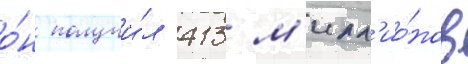
о́н получи́л 413 м'илл'ио́нов